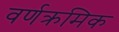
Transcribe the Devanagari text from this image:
वर्णक्रमिक